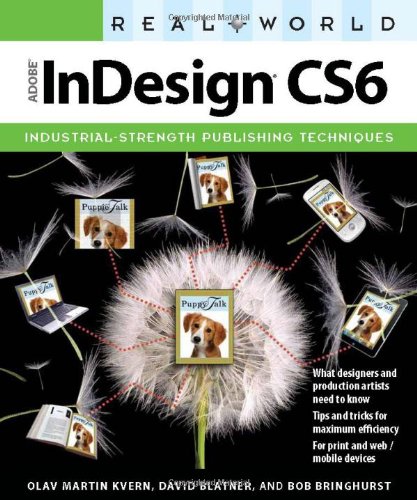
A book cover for Real World Adobe InDesign CS6; Olav Martin Kvern; Computers & Technology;